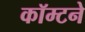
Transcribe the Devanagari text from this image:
कॉम्टने